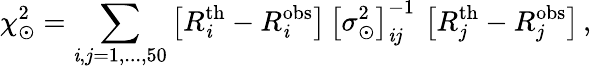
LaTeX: \chi_{\odot}^{2}=\sum_{\mathit{i},j=1,...,50}\left[R_{\mathit{i}}^{\mathrm{{th}}}-R_{\mathit{i}}^{\mathrm{{obs}}}\right]\, \left[\sigma_{\odot}^{2}\right]_{\mathit{i}j}^{-1}\, \left[R_{j}^{\mathrm{{th}}}-R_{j}^{\mathrm{{obs}}}\right]\, ,